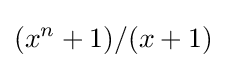
(x^{n}+1)/(x+1)